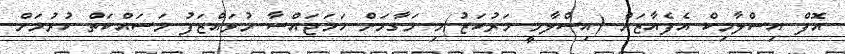
އޮފް އިސްލާމިކް އެފެއާޒަށް (އިސްލާމީ މަރުކަޒު)މި މަގާމަށް ހަމަޖައްސާ މުވައްޒަފު މަސައްކަތް ކުރުމަށް